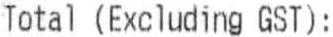
TOTAL (EXCLUDING GST):